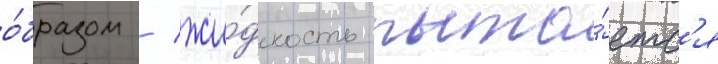
о́бразом / жи́дкость пыта́етс'я